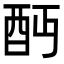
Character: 𨟺